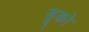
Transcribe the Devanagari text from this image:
डूको